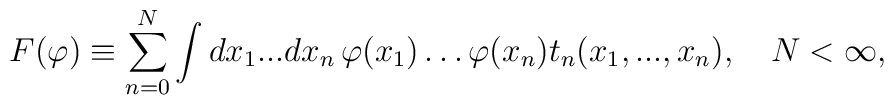
F(\varphi)\equiv\sum_{n=0}^N\int dx_1...dx_n\,\varphi (x_1)\ldots\varphi (x_n)t_n(x_1,...,x_n),\quad N<\infty,